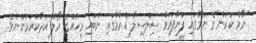
"ނާމް ކަރަން"ގެ ނަމުގައި ފަށާފައިވާ ސިލްސިލާ ޑްރާމާގައި ނުބައި މީހެއްގެ ރޯލު އަދާކުރަމުންނެވެ.